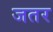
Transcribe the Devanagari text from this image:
जतर